Scottish Leaving Certificate Examination, 1961
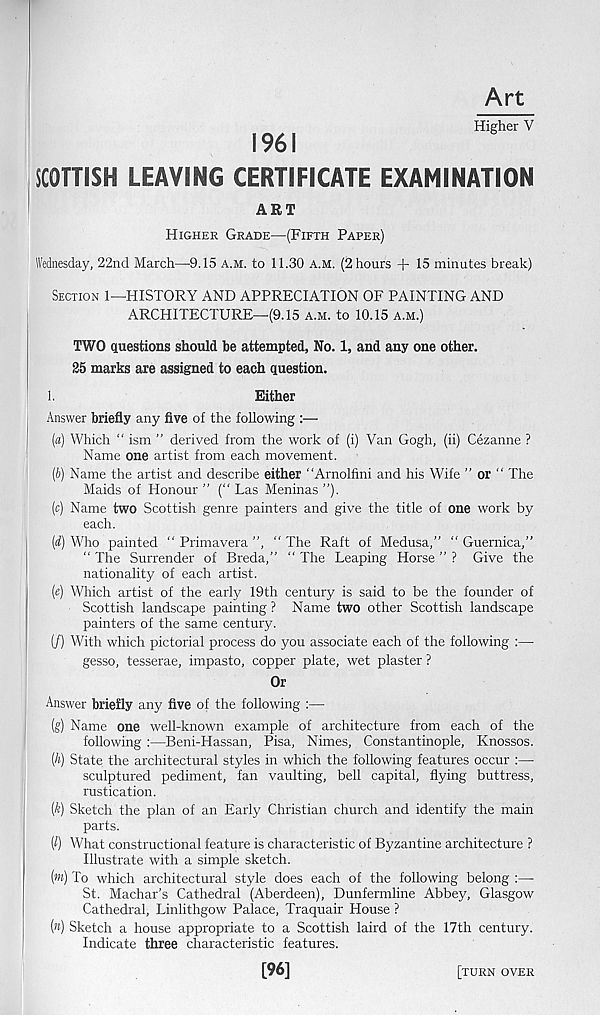
Art
Higher V
1961
SCOTTISH LEAVING CERTIFICATE EXAMINATION
ART
Higher Grade—(Fifth Paper)
Wednesday, 22nd March—9.15 a.m. to 11.30 A.M. (2 hours + 15 minutes break)
Section 1—HISTORY AND APPRECIATION OF PAINTING AND
ARCHITECTURE—(9.15 a.m. to 10.15 a.m.)
TWO questions should he attempted. No. 1, and any one other.
25 marks are assigned to each question.
1.
Either
Answer briefly any five of the following :—
(a) Which “ ism ” derived from the work of (i) Van Gogh, (ii) Cezanne ?
Name one artist from each movement.
(b) Name the artist and describe either “Arnolfini and his Wife ” or “ The
Maids of Honour ’’ (“ Las Meninas ”).
(c) Name two Scottish genre painters and give the title of one work by
each.
(d) Who painted “ Primavera ”, “ The Raft of Medusa,” “ Guernica,”
“ The Surrender of Breda,” “ The Leaping Horse ” ? Give the
nationality of each artist.
(e) Which artist of the early 19th century is said to be the founder of
Scottish landscape painting ? Name two other Scottish landscape
painters of the same century.
(/) With which pictorial process do you associate each of the following :—
gesso, tesserae, impasto, copper plate, wet plaster ?
Or
Answer briefly any five of the following :—
(g) Name one well-known example of architecture from each of the
following :—Beni-Hassan, Pisa, Nimes, Constantinople, Knossos.
(h) State the architectural styles in which the following features occur :—
sculptured pediment, fan vaulting, bell capital, flying buttress,
rustication.
(k) Sketch the plan of an Early Christian church and identify the main
parts.
[l) What constructional feature is characteristic of Byzantine architecture ?
Illustrate with a simple sketch.
(») To which architectural style does each of the following belong :—
St. Machar’s Cathedral (Aberdeen), Dunfermline Abbey, Glasgow
Cathedral, Linlithgow Palace, Traquair House ?
(») Sketch a house appropriate to a Scottish laird of the 17th century.
Indicate three characteristic features.
[96]
[turn over